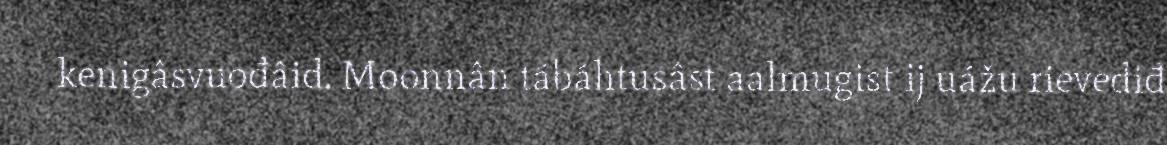
kenigâsvuođâid. Moonnân tábáhtusâst aalmugist ij uážu rievediđ